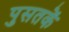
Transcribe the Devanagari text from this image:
पुसतकें